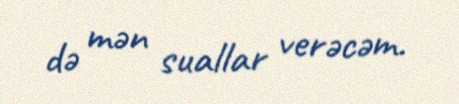
də mən suallar verəcəm.